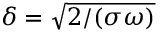
\delta = \sqrt { 2 / ( \sigma \omega ) }